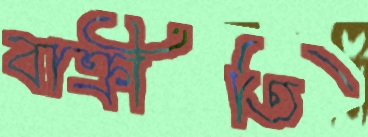
বাক্রীতি